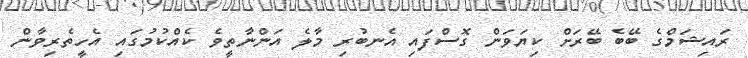
ރައިޝަމްގެ ބޭބެ ބޭރަށް ކިޔަވަން ގޮސްފައި އެނބުރި މާލެ އަންނާތީވެ ކެއްކުމުގައި އެހީތެރިވާން